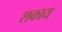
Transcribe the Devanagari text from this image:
शकाय